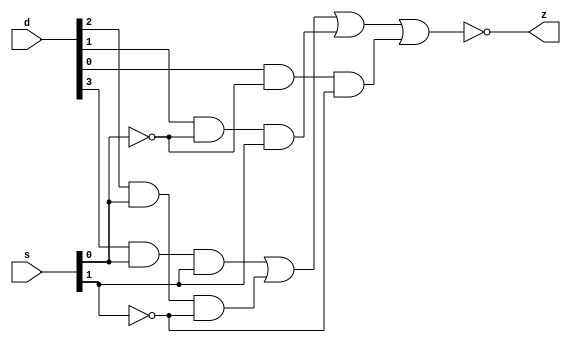
module p1(z,d,s);		// List all inputs and outputs, by convention outputs go first
output z;  			// Specification of inputs and outputs
input [3:0]d;
input [1:0]s;

not n1(inv_s0,s[0]);		// Required Functionality using Structural Model 
not n2(inv_s1,s[1]);

and a1(a1_o,d[3],s[0],s[1]);
and a2(a2_o,d[2],s[0],inv_s1);
and a3(a3_o,d[1],inv_s0,s[1]);
and a4(a4_o,d[0],inv_s0,inv_s1);

nor nr1(z,a1_o,a2_o,a3_o,a4_o);

endmodule